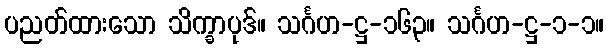
ပညတ်ထားသော သိက္ခာပုဒ်။ သင်္ဂဟ-ဋ္ဌ-၁၆၃။ သင်္ဂဟ-ဋ္ဌ-၁-၁။